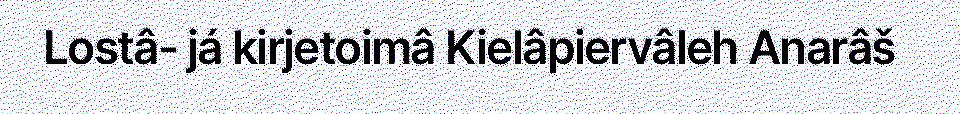
Lostâ- já kirjetoimâ Kielâpiervâleh Anarâš